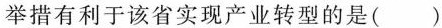
举措有利于该省实现产业转型的是()